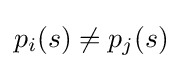
p_{i}(s)\neq p_{j}(s)